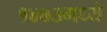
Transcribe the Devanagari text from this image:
१४७३मध्ये